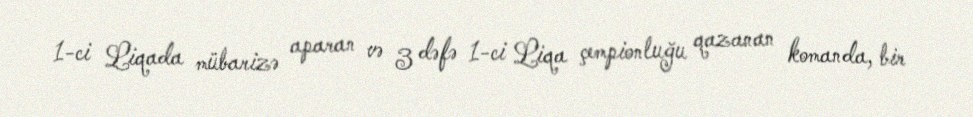
1-ci Liqada mübarizə aparan və 3 dəfə 1-ci Liqa çempionluğu qazanan komanda, bir